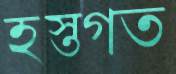
হস্তগত